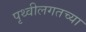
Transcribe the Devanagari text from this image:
पृथ्वीलगतच्या